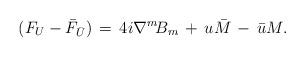
LaTeX: \begin{align*}(F_{U}-\bar{F}_{\bar{U}})\,=\,4i\nabla^{m}\!B_{m}\,+\,u\bar{M}\,-\,\bar{u}M.\end{align*}